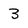
Character: 3